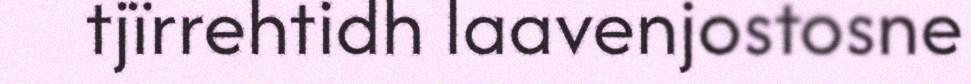
tjïrrehtidh laavenjostosne